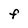
Character: F